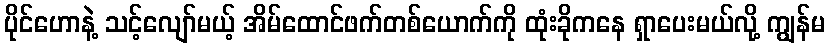
ပိုင်ဟောနဲ့ သင့်လျော်မယ့် အိမ်ထောင်ဖက်တစ်ယောက်ကို ထုံးခိုကနေ ရှာပေးမယ်လို့ ကျွန်မ